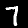
Label: 7